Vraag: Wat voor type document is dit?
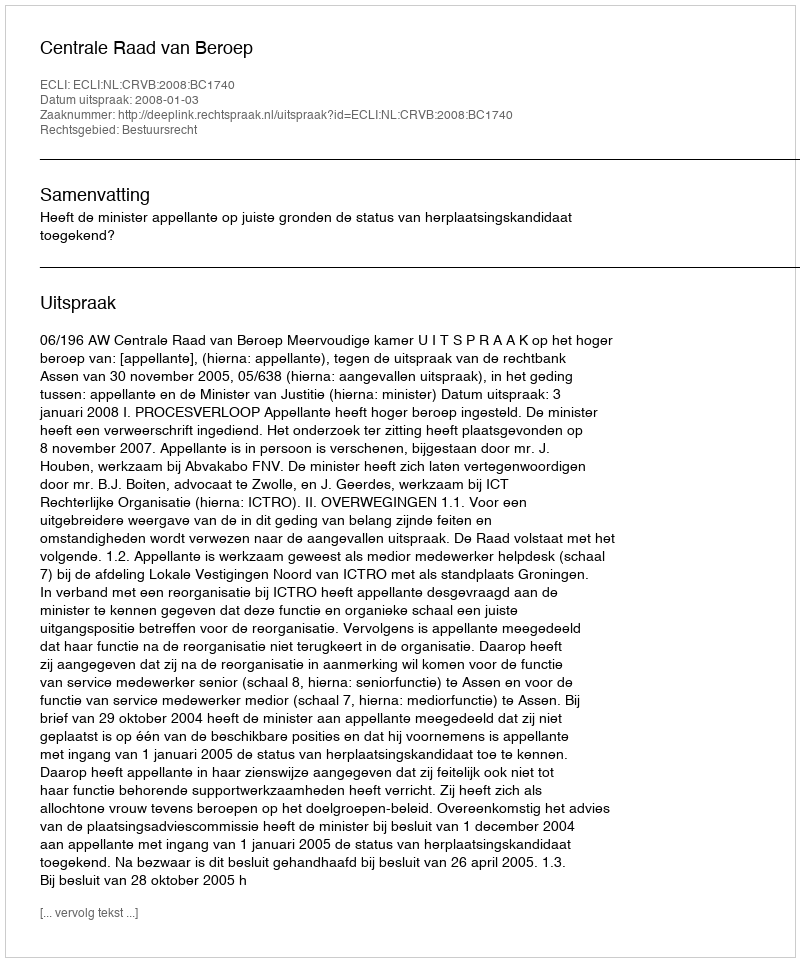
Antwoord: Uitspraak